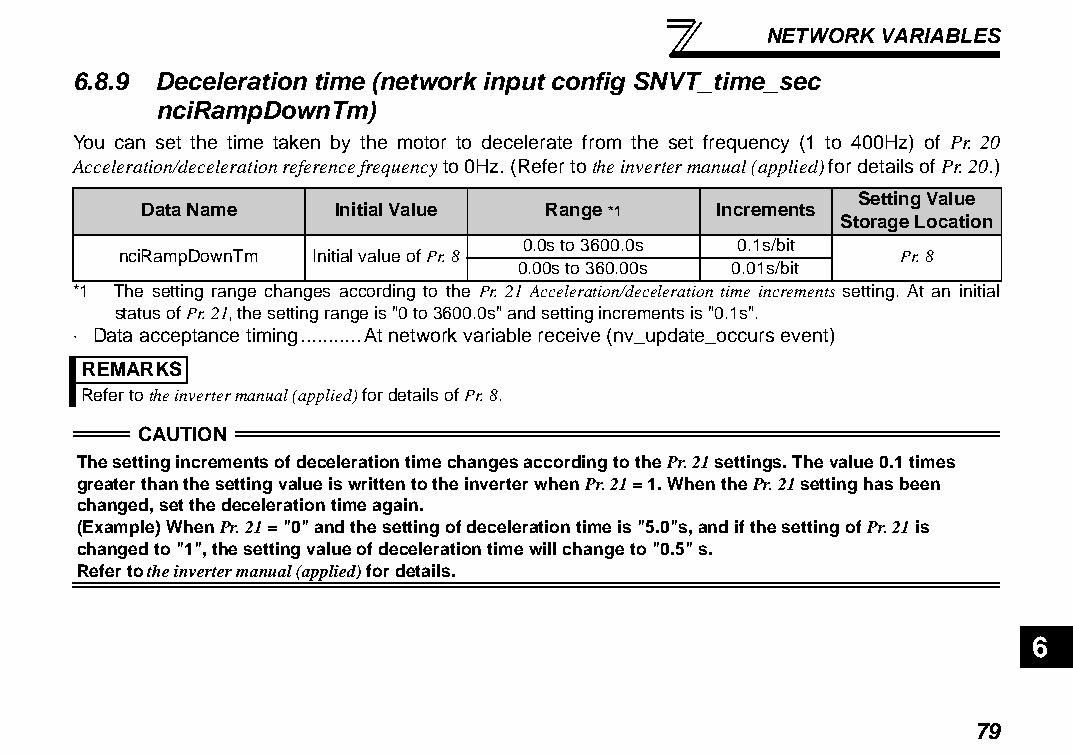
NETWORK VARIABLES
 6.8.9 Deceleration time (network input config SNVT_time_sec
 nciRampDownTm)
 You can set the time taken by the motor to decelerate from the set frequency (1 to 400Hz) of Pr. 20
 Acceleration/deceleration reference frequency to 0Hz. (Refer to the inverter manual (applied) for details of Pr. 20.)
 Setting Value
 Data Name    Initial Value Range *1   Increments
 Storage Location
 0.0s to 3600.0s 0.1s/bit
 nciRampDownTm Initial value of Pr. 8                Pr. 8
 0.00s to 360.00s 0.01s/bit
 *1 The setting range changes according to the Pr. 21 Acceleration/deceleration time increments setting. At an initial
 status of Pr. 21, the setting range is "0 to 3600.0s" and setting increments is "0.1s".
 ⋅ Data acceptance timing...........At network variable receive (nv_update_occurs event)
 REMARKS
 Refer to the inverter manual (applied) for details of Pr. 8.
 CAUTION
 The setting increments of deceleration time changes according to the Pr. 21 settings. The value 0.1 times
 greater than the setting value is written to the inverter when Pr. 21 = 1. When the Pr. 21 setting has been
 changed, set the deceleration time again.
 (Example) When Pr. 21 = "0" and the setting of deceleration time is "5.0"s, and if the setting of Pr. 21 is
 changed to "1", the setting value of deceleration time will change to "0.5" s.
 Refer to the inverter manual (applied) for details.
 6
 79